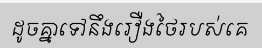
ដូចគ្នាទៅនឹងរឿងថៃរបស់គេ